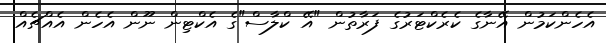
އެހެންކަމުން އޭނާގެ ކެރެކްޓަރުގެ ފަރާތުން "އޭ ކްލާސް"ގެ އެކްޓިން ނޫން އެހެން އެއްޗެއް